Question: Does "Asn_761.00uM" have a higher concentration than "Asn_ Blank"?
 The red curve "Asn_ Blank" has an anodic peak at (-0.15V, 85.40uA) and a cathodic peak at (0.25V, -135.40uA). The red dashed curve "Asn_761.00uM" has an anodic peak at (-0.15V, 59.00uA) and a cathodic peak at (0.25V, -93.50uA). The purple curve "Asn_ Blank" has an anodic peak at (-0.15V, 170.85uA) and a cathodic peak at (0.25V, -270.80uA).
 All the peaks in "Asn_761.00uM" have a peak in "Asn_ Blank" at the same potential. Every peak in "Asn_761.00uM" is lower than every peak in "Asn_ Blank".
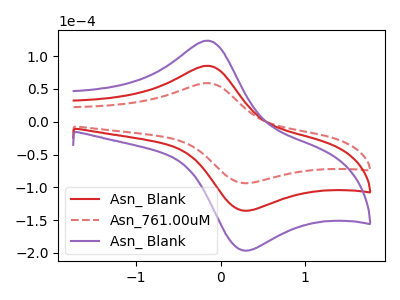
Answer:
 <answer>"Asn_761.00uM" has less signal than "Asn_ Blank" and so likely has a lower concentration.</answer>
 <eval>less_concentration</eval>